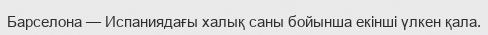
Барселона — Испаниядағы халық саны бойынша екінші үлкен қала.